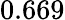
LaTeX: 0.669